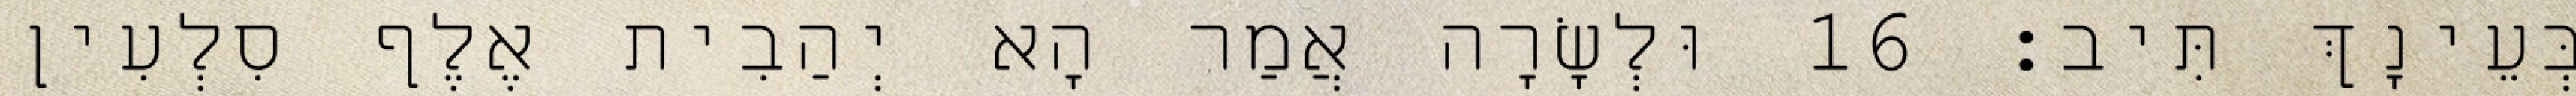
בְּעֵינָךְ תִּיב׃ 16 וּלְשָׂרָה אֲמַר הָא יְהַבִית אֶלֶף סִלְעִין